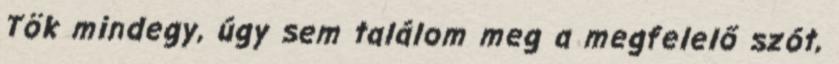
Tök mindegy, úgy sem találom meg a megfelelő szót,